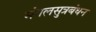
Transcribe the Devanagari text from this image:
मंगलसुत्रबंधन